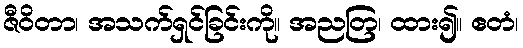
ဇီဝိတာ၊ အသက်ရှင်ခြင်းကို။ အညတြ၊ ထား၍။ ဧတံ၊